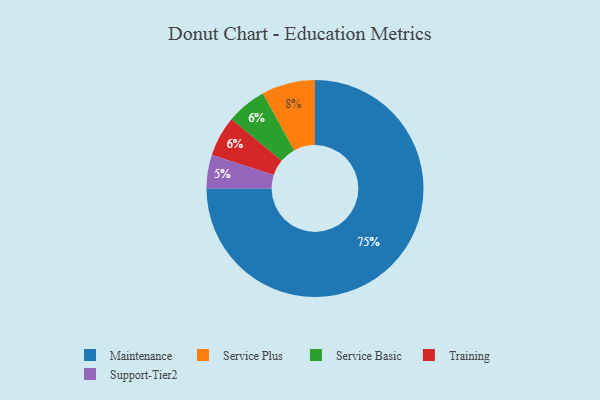
{"axis": {"x": "Category", "y": "Percentage"}, "legend": ["Maintenance", "Service Basic", "Service Plus", "Support-Tier2", "Training"], "data": [{"x": "Service Basic", "y": 6, "type": "Service Basic"}, {"x": "Support-Tier2", "y": 5, "type": "Support-Tier2"}, {"x": "Training", "y": 6, "type": "Training"}, {"x": "Maintenance", "y": 75, "type": "Maintenance"}, {"x": "Service Plus", "y": 8, "type": "Service Plus"}]}